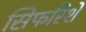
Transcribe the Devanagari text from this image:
सिफरिशें